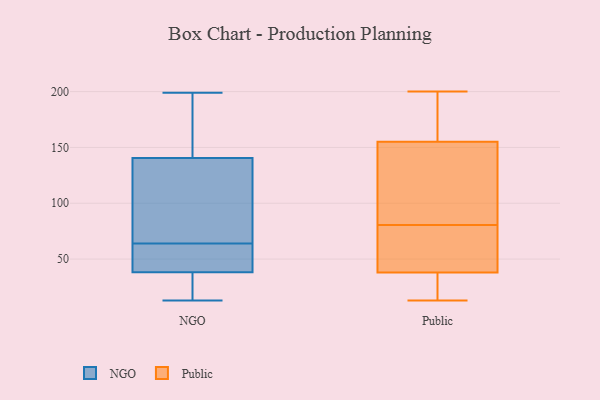
{"axis": {"x": "LTV (USD)", "y": "Value"}, "legend": ["NGO", "Public"], "data": [{"x": "", "y": 134, "type": "NGO"}, {"x": "", "y": 160, "type": "NGO"}, {"x": "", "y": 13, "type": "NGO"}, {"x": "", "y": 36, "type": "NGO"}, {"x": "", "y": 199, "type": "NGO"}, {"x": "", "y": 177, "type": "NGO"}, {"x": "", "y": 102, "type": "NGO"}, {"x": "", "y": 83, "type": "NGO"}, {"x": "", "y": 26, "type": "NGO"}, {"x": "", "y": 39, "type": "NGO"}, {"x": "", "y": 57, "type": "NGO"}, {"x": "", "y": 52, "type": "NGO"}, {"x": "", "y": 64, "type": "NGO"}, {"x": "", "y": 121, "type": "Public"}, {"x": "", "y": 155, "type": "Public"}, {"x": "", "y": 38, "type": "Public"}, {"x": "", "y": 13, "type": "Public"}, {"x": "", "y": 15, "type": "Public"}, {"x": "", "y": 200, "type": "Public"}, {"x": "", "y": 52, "type": "Public"}, {"x": "", "y": 176, "type": "Public"}, {"x": "", "y": 96, "type": "Public"}, {"x": "", "y": 65, "type": "Public"}]}